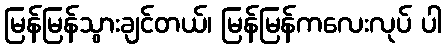
မြန်မြန်သွားချင်တယ်၊ မြန်မြန်ကလေးလုပ် ပါ